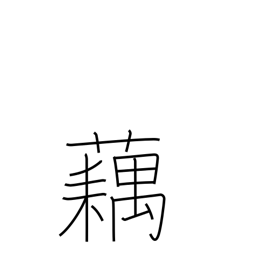
Meaning: lotus root